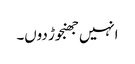
انہیں جھنجوڑ دوں۔